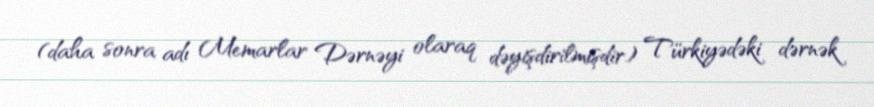
(daha sonra adı Memarlar Dərnəyi olaraq dəyişdirilmişdir) Türkiyədəki dərnək